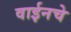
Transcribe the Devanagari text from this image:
वाईनचे